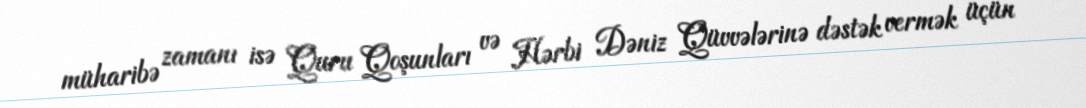
müharibə zamanı isə Quru Qoşunları və Hərbi Dəniz Qüvvələrinə dəstək vermək üçün